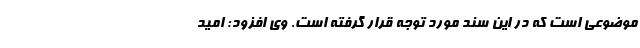
موضوعی است که در این سند مورد توجه قرار گرفته است. وی افزود: امید